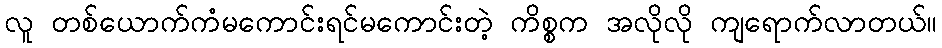
လူ တစ်ယောက်ကံမကောင်းရင်မကောင်းတဲ့ ကိစ္စက အလိုလို ကျရောက်လာတယ်။